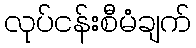
လုပ်ငန်းစီမံချက်